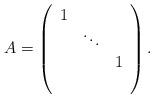
LaTeX: \begin{align*}A=\left(\begin{array}{ccc}1& &\\&\ddots& \\&&1\\&&\end{array}\right).\end{align*}